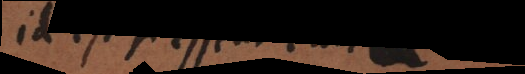
nisi ex praesumta